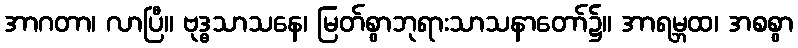
အာဂတာ၊ လာပြီ။ ဗုဒ္ဓသာသနေ၊ မြတ်စွာဘုရားသာသနာတော်၌။ အာရမ္ဘထ၊ အစစွာ